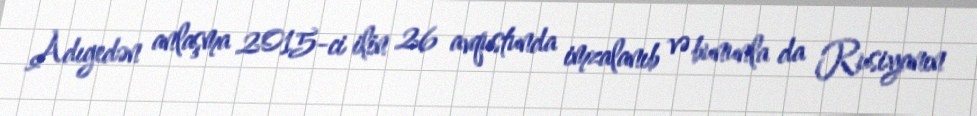
Adıgedən anlaşma 2015-ci ilin 26 avqustunda imzalanıb və bununla da Rusiyanın